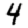
Digit: 4